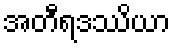
အတီရဒဿိယာ